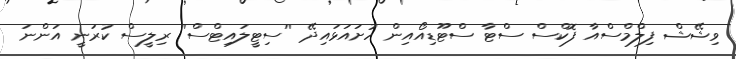
ވިޝޭޝް ފިލްމްސްއާ ފޮކްސް ސްޓާ ސްޓޫޑިއޯއިން ހުށައަޅައިދޭ ''ސިޓީލައިޓްސް'' ރިލީސް ކުރަނީ އަންނަ